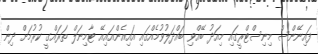
ފައިނޭންސް މިނިސްޓްރީގައި މިއަދު ބޭއްވި ބައްދަލުވުމެއްގައި އައިއެންއައިއޭ ޓާމިނަލް ތަރައްގީ ކުރުމަށް ދިން